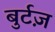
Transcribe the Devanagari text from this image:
बुर्टज़